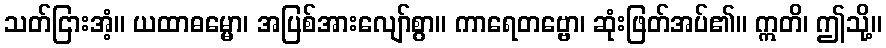
သတ်ငြားအံ့။ ယထာဓမ္မော၊ အပြစ်အားလျော်စွာ။ ကာရေတဗ္ဗော၊ ဆုံးဖြတ်အပ်၏။ ဣတိ၊ ဤသို့။